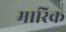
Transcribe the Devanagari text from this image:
मारिक